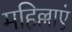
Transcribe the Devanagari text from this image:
महिल्लाएं